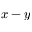
x - y